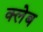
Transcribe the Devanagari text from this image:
क्लेब